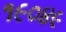
૧૯૦૪૯